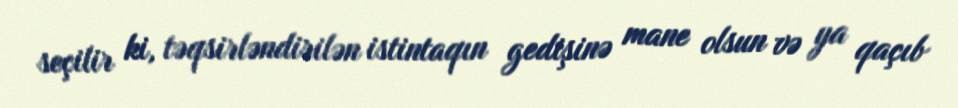
seçilir ki, təqsirləndirilən istintaqın gedişinə mane olsun və ya qaçıb